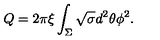
Q = 2 \pi \xi \int _ { \Sigma } \sqrt { \sigma } d ^ { 2 } \theta \phi ^ { 2 } .